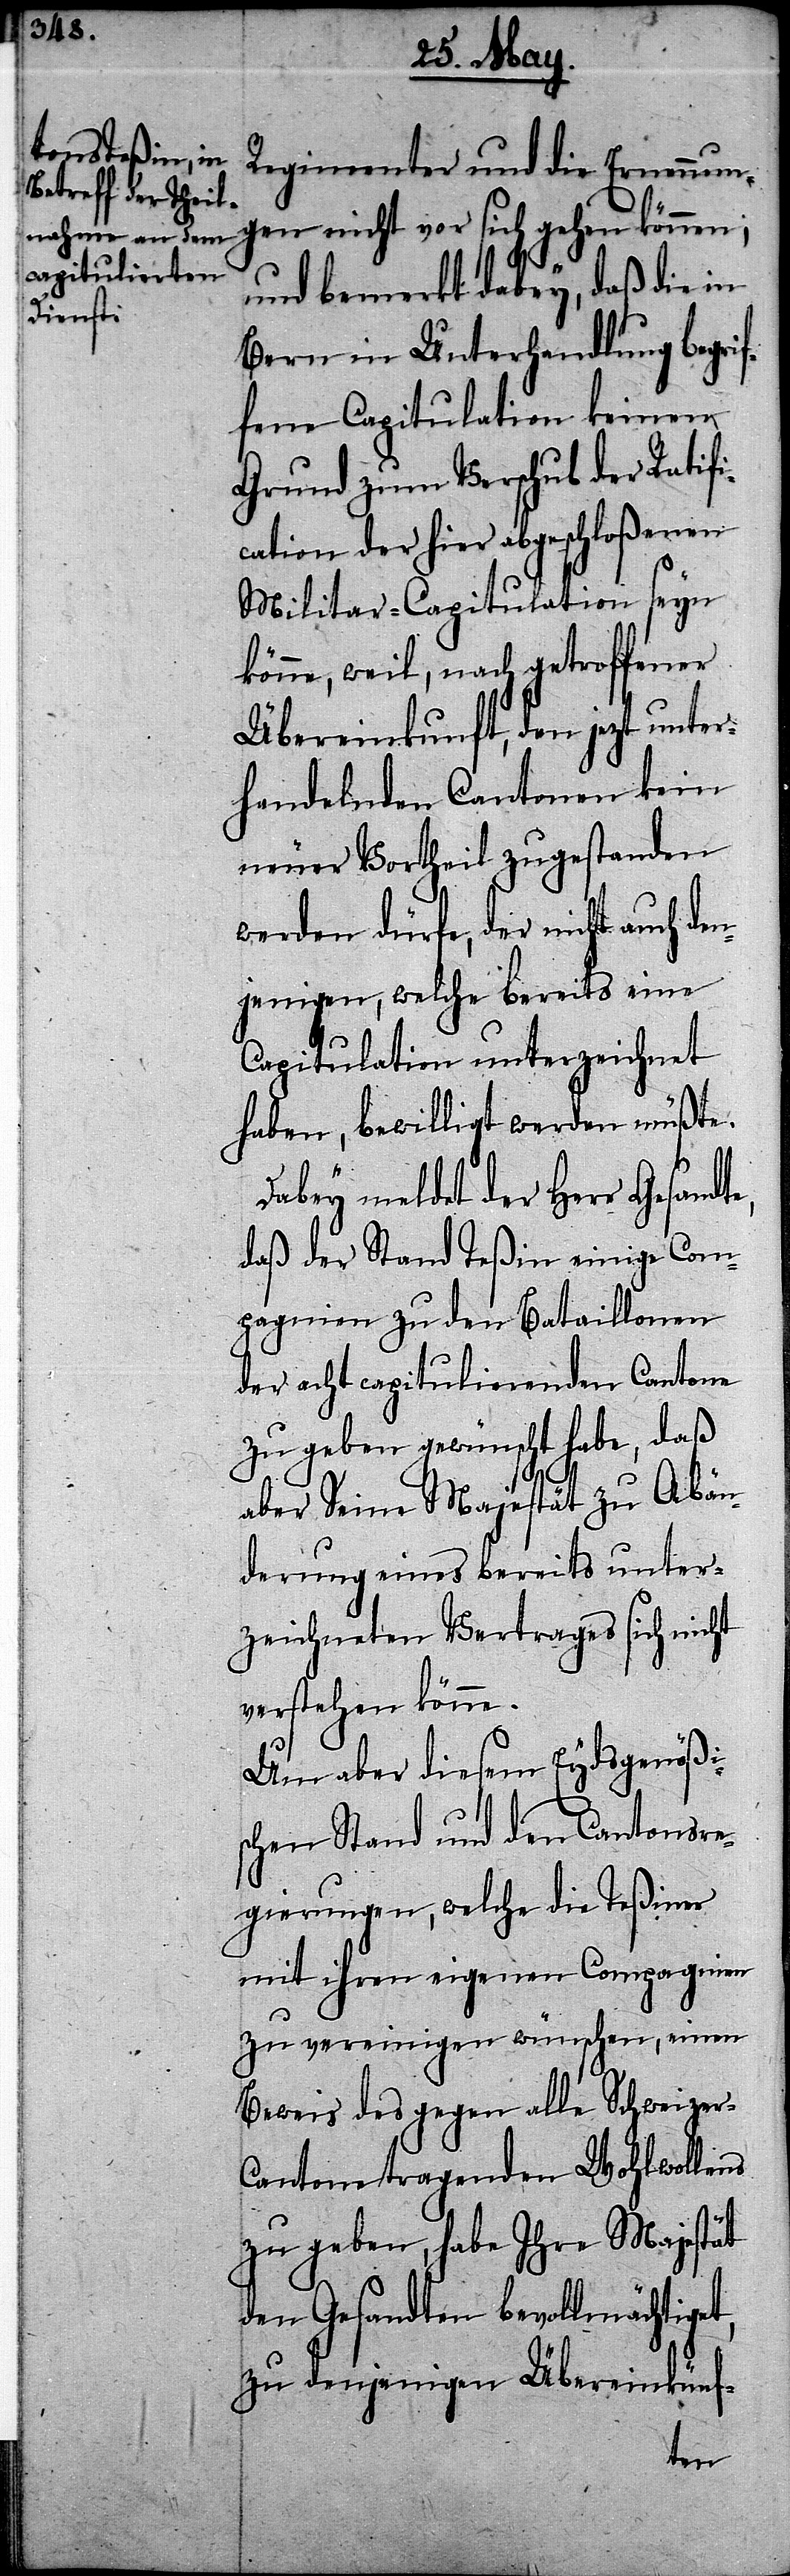
Regimenter und die Ernennun¬
gen nicht vor sich gehen können;
und bemerkt dabey, daß die in
Bern in Unterhandlung begrif¬
fene Capitulation keinen
Grund zum Verschub der Ratifi¬
cation der hier abgeschloßenen
Militar-Capitulation seyn
könne, weil, nach getroffener
Übereinkunft, den jetzt unte¬
rhandelnden Cantonen kein
neuer Vortheil zugestanden
werden dürfe, der nicht auch d¬
enjenigen, welche bereits eine
Capitulation unterzeichnet
haben, bewilligt werden müßte.
Dabey meldet der Herr Gesandte,
daß der Stand Teßin einige Com¬
pagnien zu den Bataillonen
der acht capitulierenden Cantone
zu geben gewünscht habe, daß
aber Seine Majestät zu Abän¬
derung eines bereits unter¬
zeichneten Vertrages sich nicht
verstehen könne.
Um aber diesem Eydsgenößi¬
schen Stand und den Cantonsre¬
gierungen, welche die Teßiner
mit ihren eigenen Compagnien
zu vereinigen wünschen, einen
Beweis des gegen alle Schweizer-C¬
antone tragenden Wohlwollens
zu geben, habe Ihre Majestät
den Gesandten bevollmächtiget,
zu denjenigen Übereinkünf-